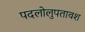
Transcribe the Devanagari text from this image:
पदलोलुपतावश